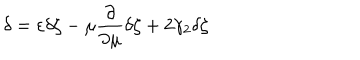
\delta = \varepsilon \delta \zeta - \mu \frac { \partial } { \partial \mu } \delta \zeta + 2 \gamma _ { 2 } \delta \zeta